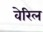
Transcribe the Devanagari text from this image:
वेरिल